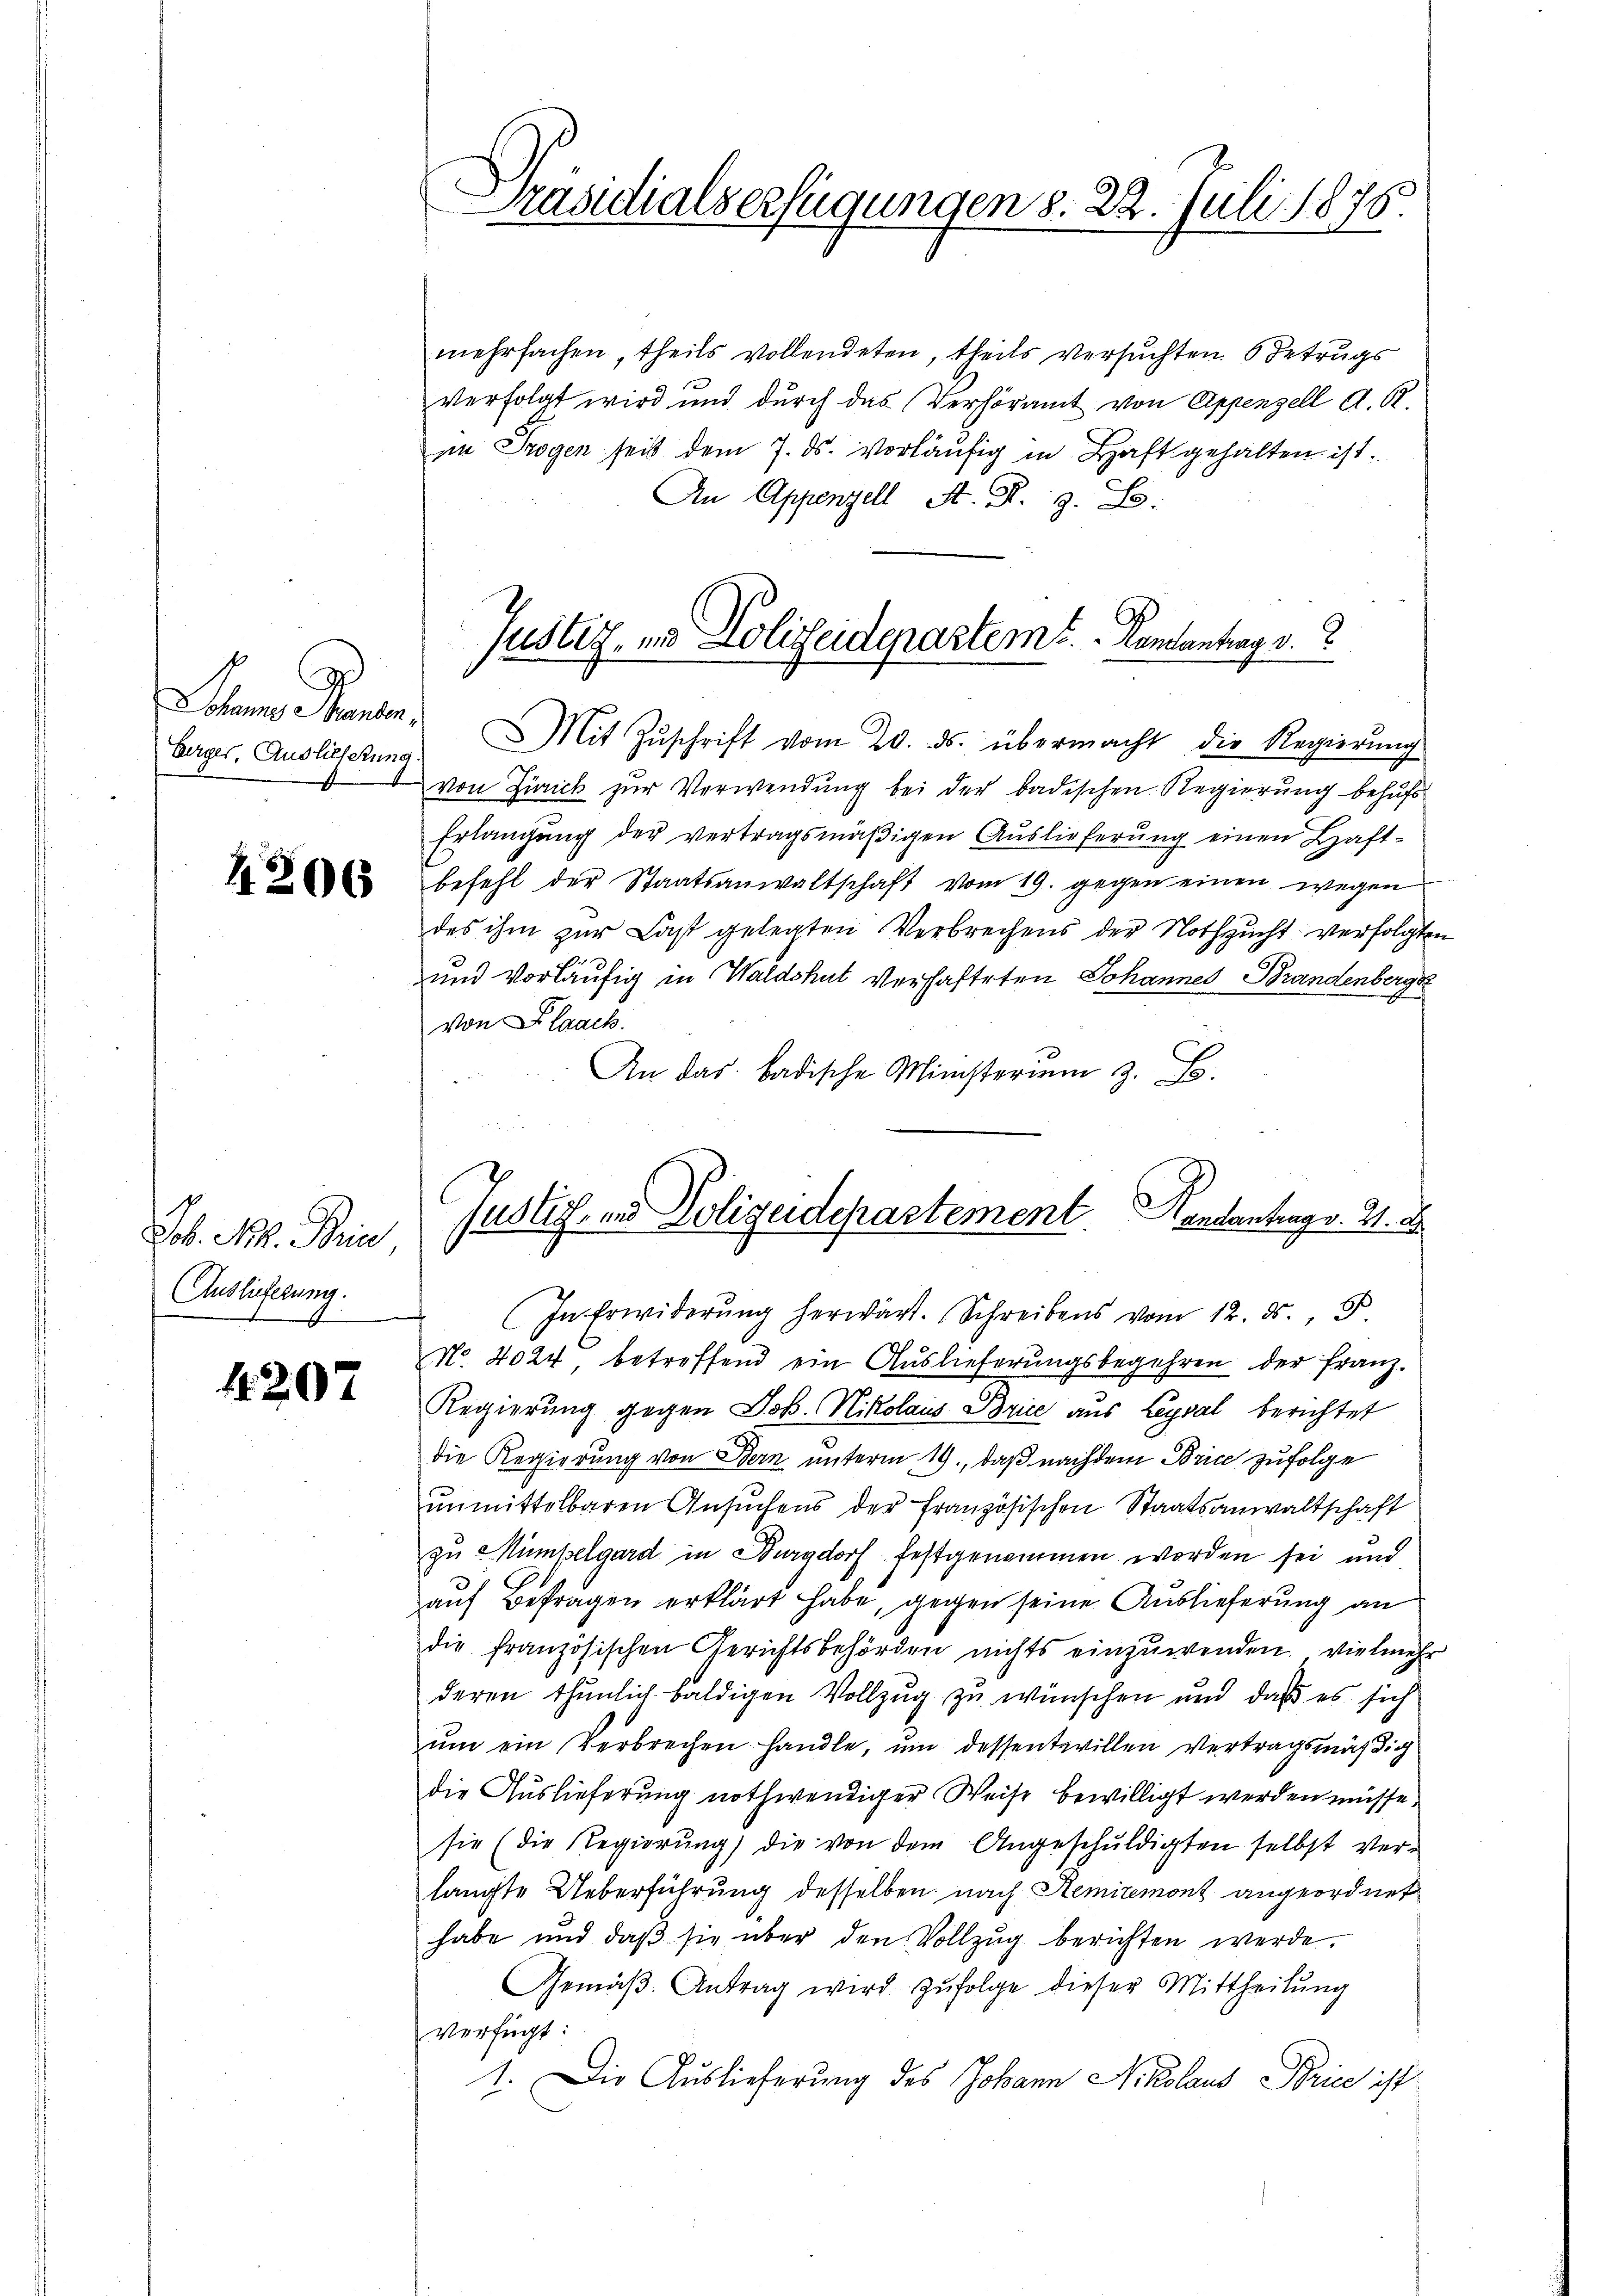
8
Berger, Auslieferung

42063

Job. N. Brie
Auslieferung.
b

4207

Präsidialserfügungen d. 22. Juli 1875.

mehrfachen, theils vollendeten, theils versuchten 6 Betrugs
verfolgt wird und durch das Verhöramt von Appenzell A. R.
im Trogen seit dem 7. ds. vorläufig in Haft gehalten ist.
An Appenzell A. R. G. B.
Johanns Handen " Mit Zŭschrift vom 20. ds. übermacht die Regierŭng
von Zürich zur Verwendung bei der badischen Regierung behufs
Erlangung der vertragsmäßigen Auslieferung einen Haft-
befehl der Staatsanwaltschaft vom 19. gegen einen wegen
des ihm zur Last gelegten Verbrechens der Nothzucht verfolgte
und vorläufig in Waldshut verhafteten Johannes Brandenberge
von Flaach.
An das badische Ministerium z. B.
In Erwiderŭng herwärt. Schreibens vom 12. ds.
No. 4024, betreffend ein Auslieferungsbegehren der Franz-
Regierung gegen Jos. Nikolaus Brice aus Leysal berichtet
die Regierung von Bern unterm 19., daß nachdem Brice zufolge
unmittelbaren Ansuchens der Französischen Staatsanwaltschaft
zu Mümpelgard in Burgdorf festgenommen worden sei und
auf Befragen erklärt habe, gegen seine Auslieferung an
die französischen Gerichtsbehörden nichts einzuwenden, vielmehr
deren thunlich baldigen Vollzug zu wünschen und daß es sich
ŭm ein Verbrechen handle, um dessentwillen Vertragsmäßig
die Auslieferung nothwendiger Weise bewilligt werden müsse,
sie (die Regierŭng die von dem Angeschŭldigten selbst ver-
langte Ueberführung desselben nach Remiremont angeordnet
habe und daß sie über den Vollzug berichten werde.
Gemäβ Antrag wird. Zŭfolge dieser Mittheilung
verfügt:
1. Die Auslieferung des Johann Nikolaus Brice ist

Justiz, in Polizeideparteme.   Concentrag v.

Justiz- und Polizeidepartement. Hertantrag v. 2. d.